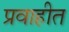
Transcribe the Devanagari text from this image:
प्रवाहीत